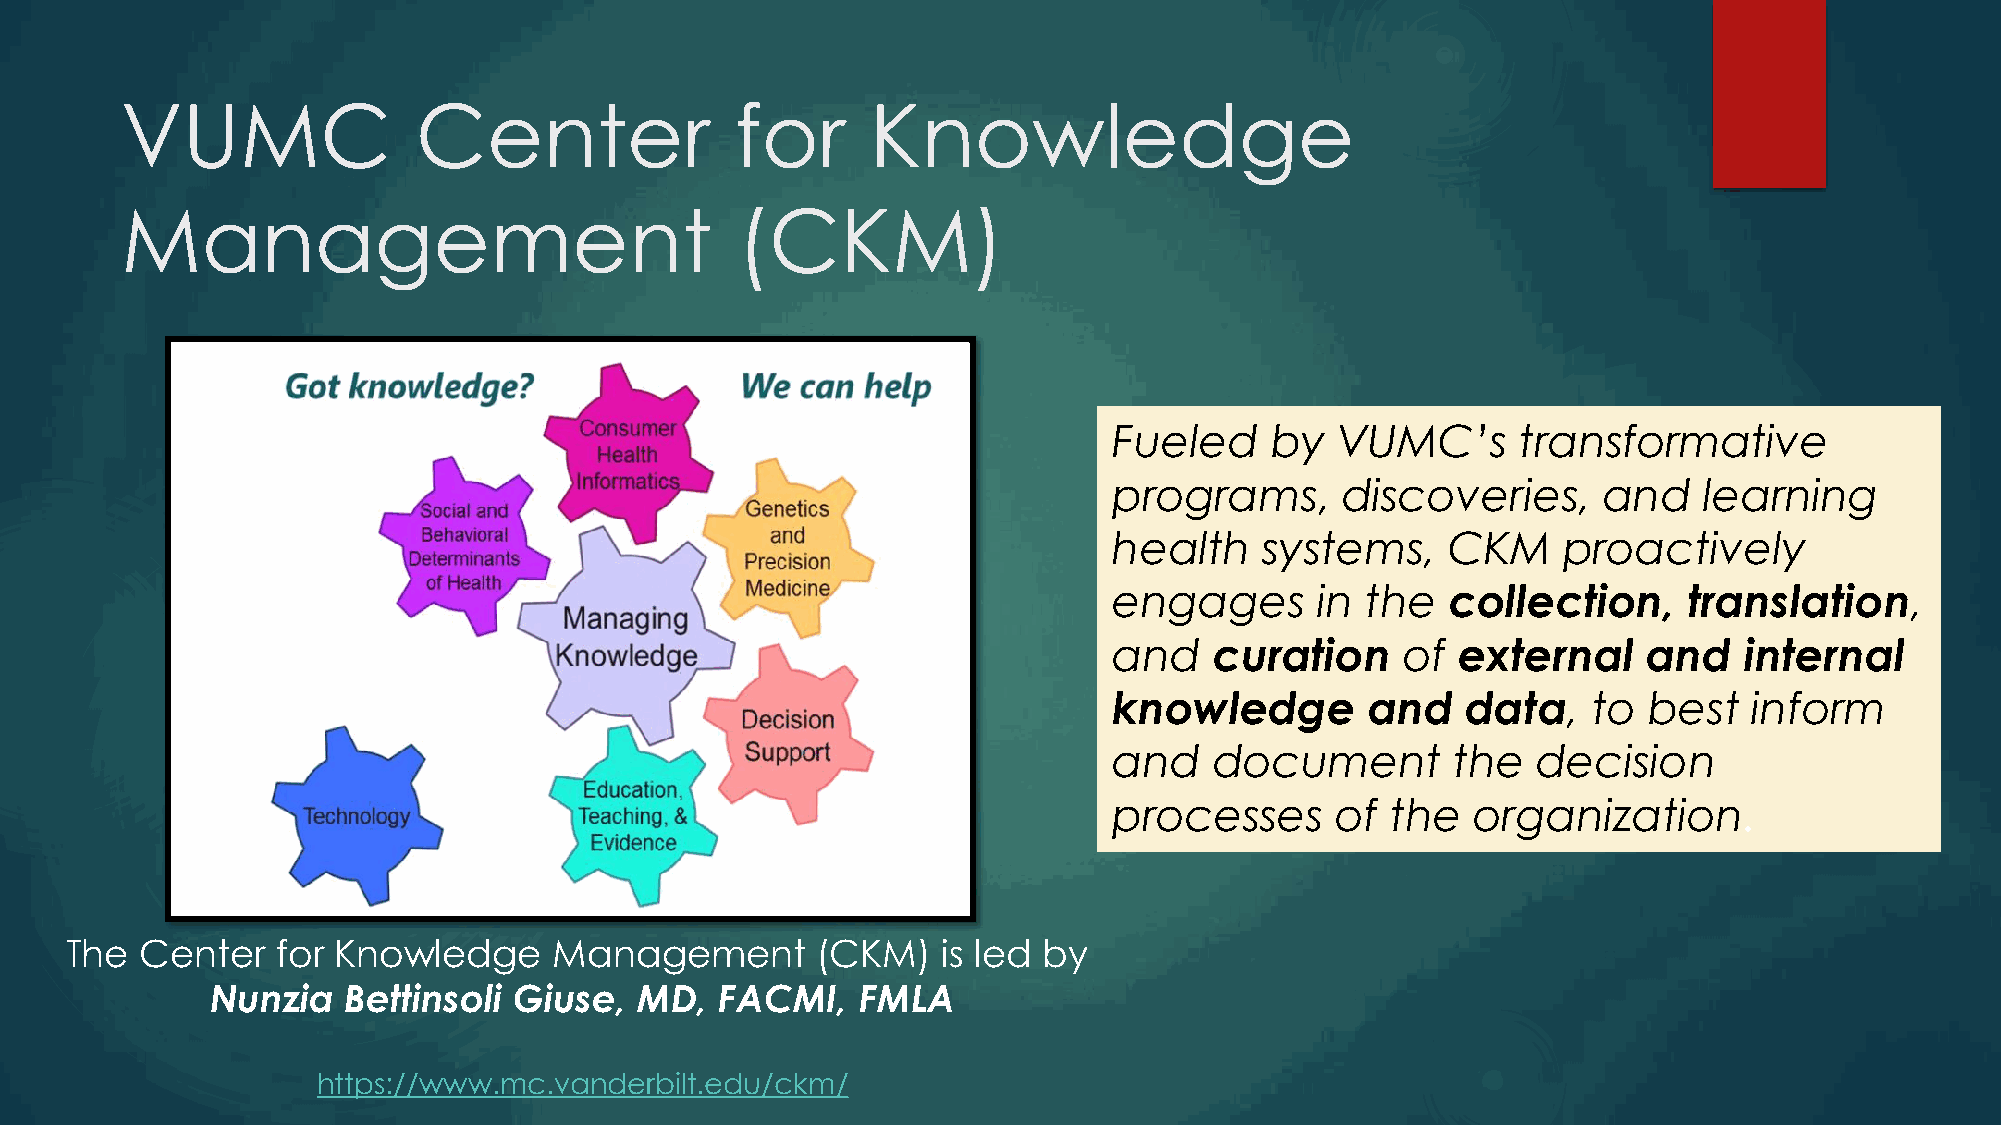
VUMC                Center               for      Knowledge
 Management                               (CKM)
 Fueled    by  VUMC’s       transformative
 programs,      discoveries,     and    learning
 health    systems,    CKM    proactively
 engages      in the   collection,     translation,
 and   curation     of external     and   internal
 knowledge       and    data,   to  best   inform
 and   document        the   decision
 processes     of  the   organization.
 The  Center   for Knowledge      Management       (CKM)   is led by
 Nunzia   Bettinsoli Giuse,  MD,   FACMI,   FMLA
 https://www.mc.vanderbilt.edu/ckm/